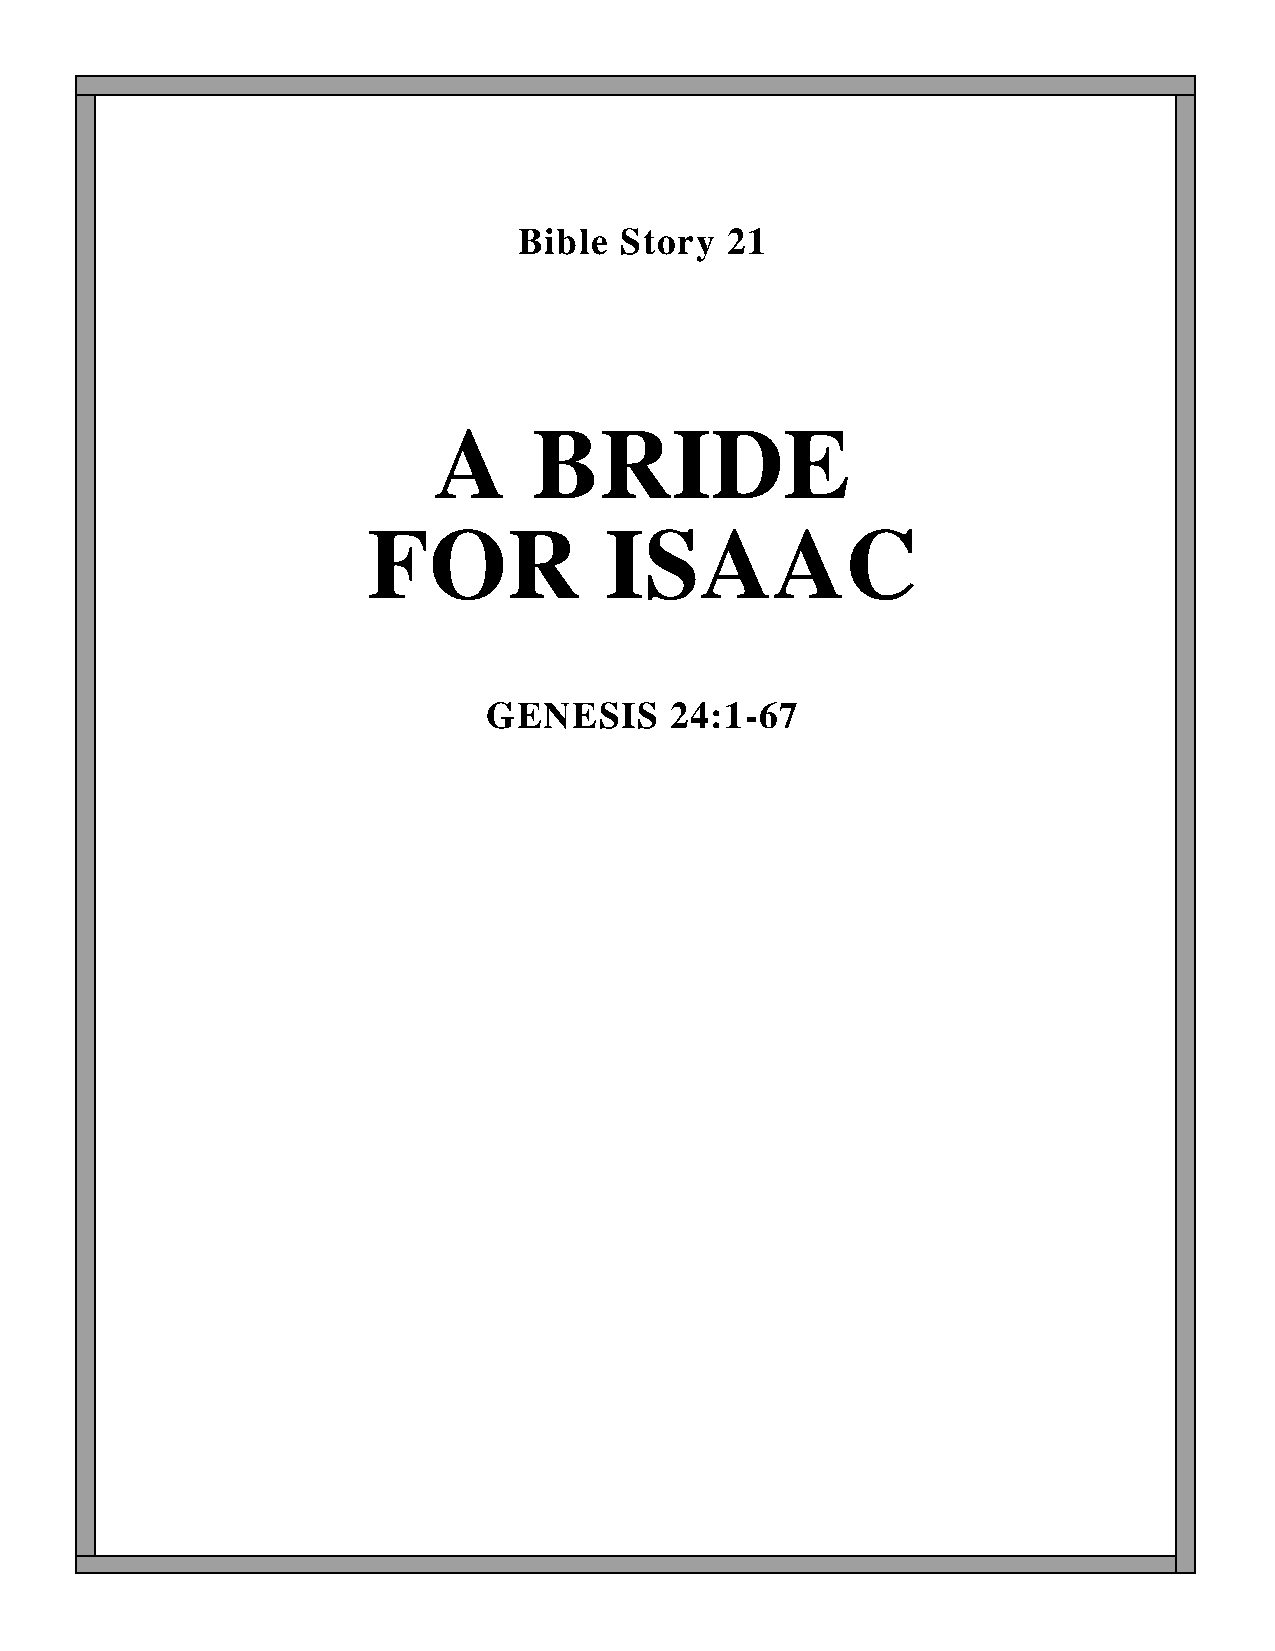
Bible  Story  21
 A     BRIDE
 FOR             ISAAC
 GENESIS     24:1-67